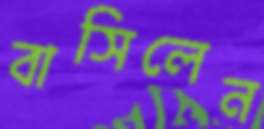
বাসিলেন